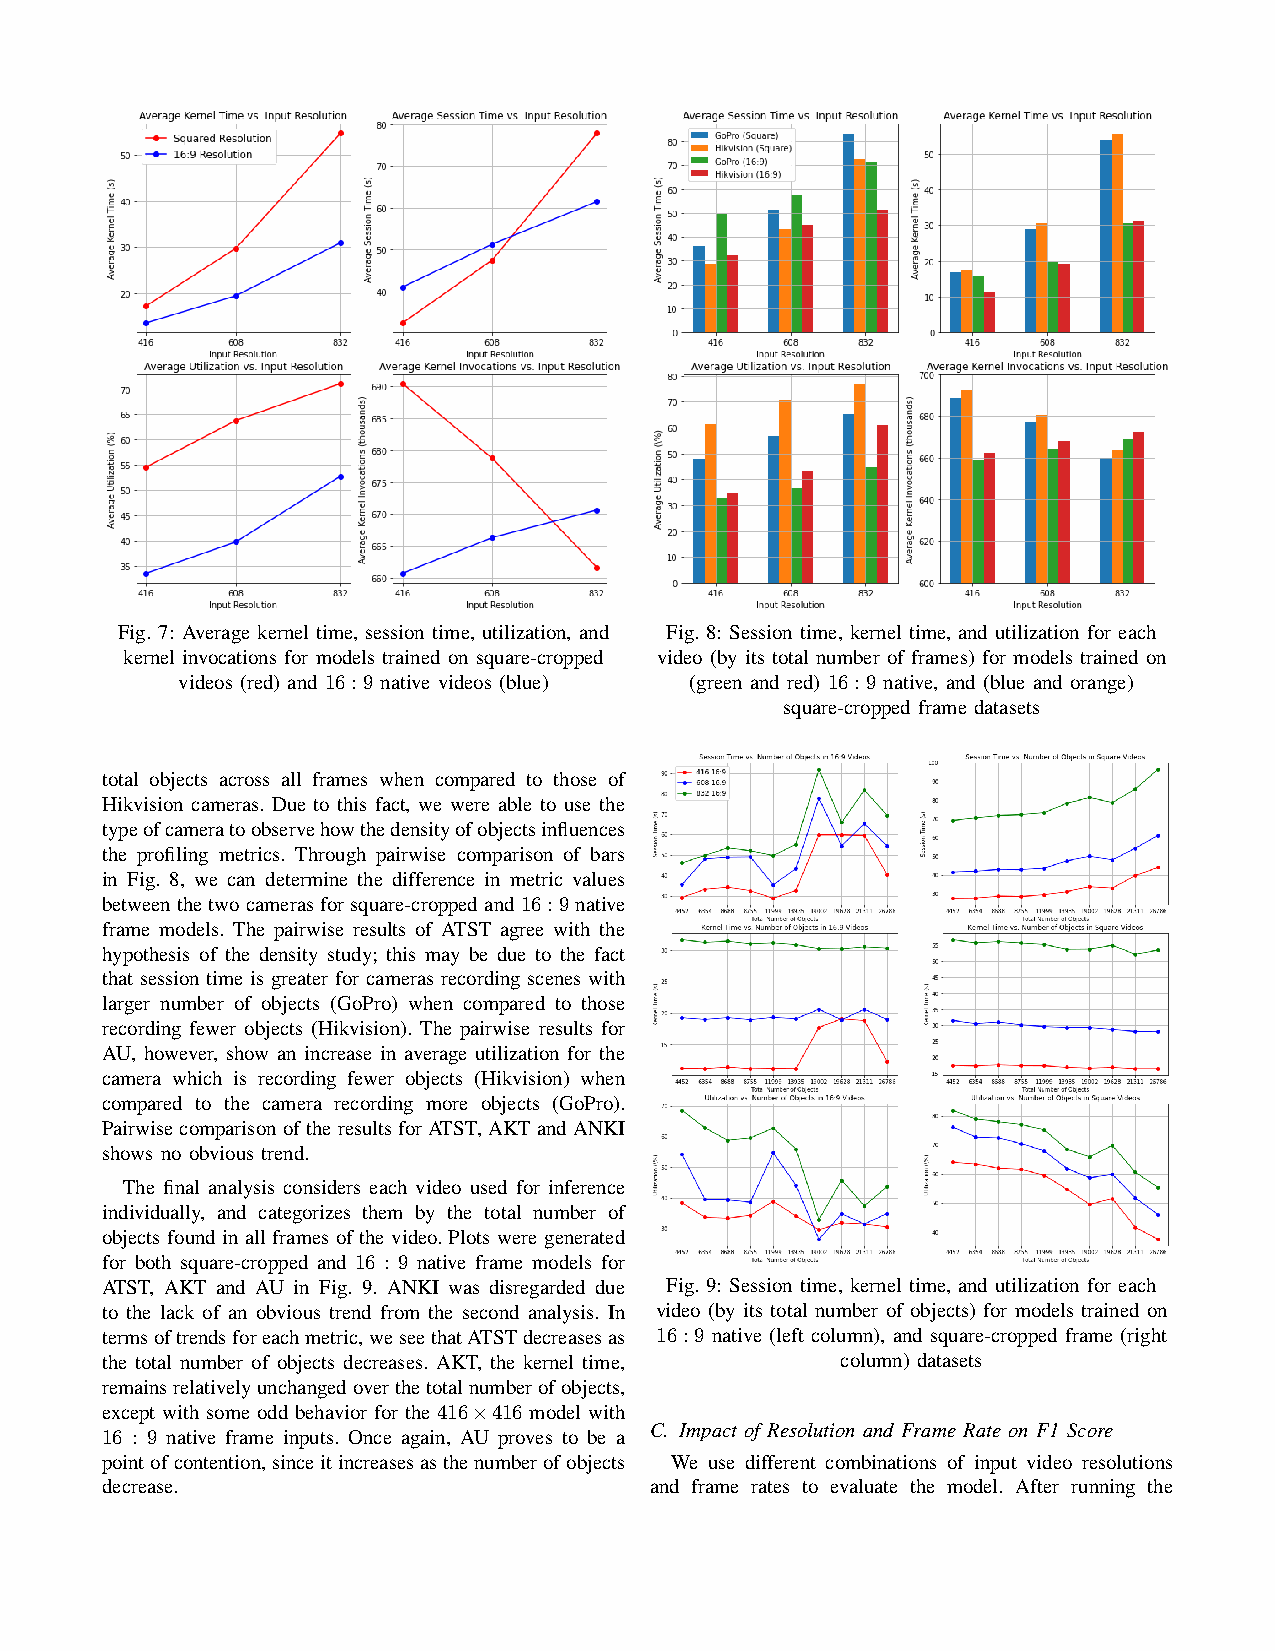
Fig. 7: Average kernel time, session time, utilization, and Fig. 8: Session time, kernel time, and utilization for each
 kernel invocations for models trained on square-cropped video (by its total number of frames) for models trained on
 videos (red) and 16:9 native videos (blue) (green and red) 16:9 native, and (blue and orange)
 square-cropped frame datasets
 total objects across all frames when compared to those of
 Hikvision cameras. Due to this fact, we were able to use the
 typeofcameratoobservehowthedensityofobjectsinfluences
 the profiling metrics. Through pairwise comparison of bars
 in Fig. 8, we can determine the difference in metric values
 betweenthetwocamerasforsquare-croppedand16:9native
 frame models. The pairwise results of ATST agree with the
 hypothesis of the density study; this may be due to the fact
 that session time is greater for cameras recording scenes with
 larger number of objects (GoPro) when compared to those
 recording fewer objects (Hikvision). The pairwise results for
 AU, however, show an increase in average utilization for the
 camera which is recording fewer objects (Hikvision) when
 compared to the camera recording more objects (GoPro).
 Pairwisecomparisonoftheresults forATST,AKTandANKI
 shows no obvious trend.
 The final analysis considers each video used for inference
 individually, and categorizes them by the total number of
 objects found in all frames of the video. Plots were generated
 for both square-cropped and 16 : 9 native frame models for
 ATST, AKT and AU in Fig. 9. ANKI was disregarded due Fig. 9: Session time, kernel time, and utilization for each
 to the lack of an obvious trend from the second analysis. In video (by its total number of objects) for models trained on
 termsoftrendsforeachmetric,weseethatATSTdecreasesas 16:9 native (left column), and square-cropped frame (right
 the total number of objects decreases. AKT, the kernel time, column) datasets
 remainsrelativelyunchangedoverthetotalnumberofobjects,
 except with some odd behavior for the 416×416 model with
 C. Impact of Resolution and Frame Rate on F1 Score
 16 : 9 native frame inputs. Once again, AU proves to be a
 pointofcontention,sinceitincreasesasthenumberofobjects We use different combinations of input video resolutions
 decrease.                           and frame rates to evaluate the model. After running the